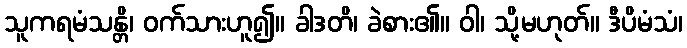
သူကရမံသန္တိ၊ ဝက်သားဟူ၍။ ခါဒတိ၊ ခဲစား၏။ ဝါ၊ သို့မဟုတ်။ ဒီပိမံသံ၊